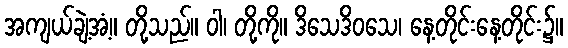
အကျယ်ချဲ့အံ့။ တို့သည်။ ဝါ၊ တို့ကို။ ဒိသေဒိဝသေ၊ နေ့တိုင်းနေ့တိုင်း၌။